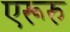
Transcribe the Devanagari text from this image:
एरूरु